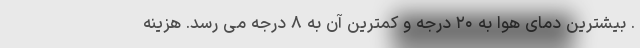
. بیشترین دمای هوا به ۲۰ درجه و کمترین آن به ۸ درجه می رسد‌. هزینه